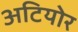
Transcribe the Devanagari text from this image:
अटियोर